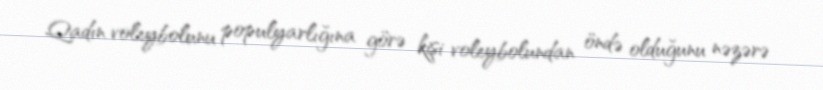
Qadın voleybolunu populyarlığına görə kişi voleybolundan öndə olduğunu nəzərə